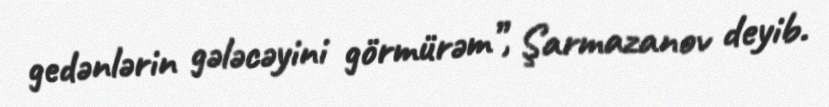
gedənlərin gələcəyini görmürəm”, Şarmazanov deyib.